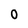
Character: O